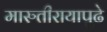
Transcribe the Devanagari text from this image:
मारुतीरायापुढे